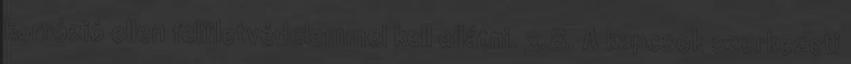
korrózió ellen felületvédelemmel kell ellátni. 3.8. A kapcsok szerkezeti